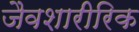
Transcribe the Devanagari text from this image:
जैवशारीरिक